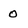
Character: 0